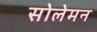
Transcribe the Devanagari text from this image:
सोलेमन